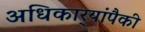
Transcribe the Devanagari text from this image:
अधिकार्‍यांपैकी